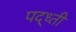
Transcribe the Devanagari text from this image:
पद्ध्ती